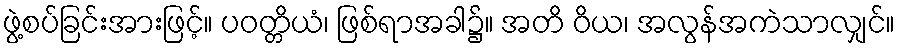
ဖွဲ့စပ်ခြင်းအားဖြင့်။ ပဝတ္တိယံ၊ ဖြစ်ရာအခါ၌။ အတိ ဝိယ၊ အလွန်အကဲသာလျှင်။